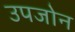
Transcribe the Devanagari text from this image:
उपजोन